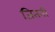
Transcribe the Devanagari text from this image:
जितनी